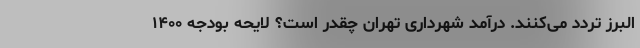
البرز تردد می‌کنند. درآمد شهرداری تهران چقدر است؟ لایحه بودجه ۱۴۰۰